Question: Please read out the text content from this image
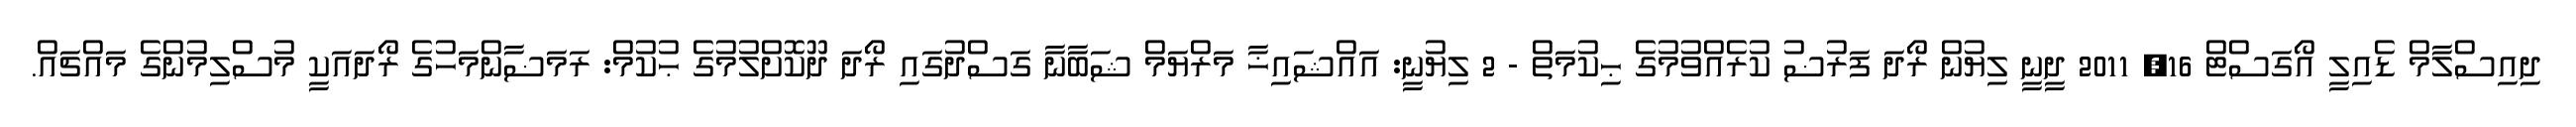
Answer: ދިއިސްލާމް ޑެއިލީ އޯގަސްޓް 16, 2011 ދީނީ ލިޔުން ރޯދަ ފަރުޟު ކުރެއްވުމުގެ ޙިކުމަތް - 2 ލިޔުނީ: އައްޝައިޚާ މަރްޔަމް ޝަބާނާ ގަސްދުގައި ރޯދަ ދޫކޮށްލުމުގެ ޙުކުމް: ރަމަޟާންމަހުގެ ރޯދައަކީ މުސްލިމުންގެ މައްޗައް.